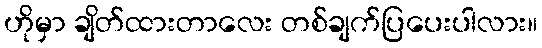
ဟိုမှာ ချိတ်ထားတာလေး တစ်ချက်ပြပေးပါလား။